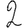
Digit: 2